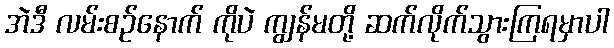
အဲဒီ လမ်းစဉ်နောက် ကိုပဲ ကျွန်မတို့ ဆက်လိုက်သွားကြရမှာပါ